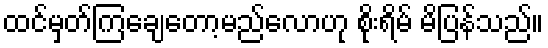
ထင်မှတ်ကြချေတော့မည်လောဟု စိုးရိမ် မိပြန်သည်။